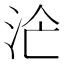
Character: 𣳁